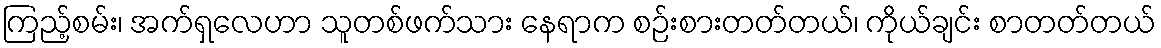
ကြည့်စမ်း၊ အက်ရှလေဟာ သူတစ်ဖက်သား နေရာက စဉ်းစားတတ်တယ်၊ ကိုယ်ချင်း စာတတ်တယ်